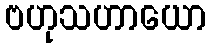
ဗဟုသဟာယော